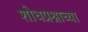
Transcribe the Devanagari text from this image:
शोधप्रश्नाच्या